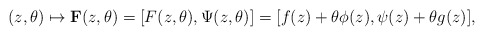
\begin{align*}(z,\theta) \mapsto {\bf F}(z,\theta) = [F(z,\theta),\Psi(z,\theta)] =[f(z) + \theta \phi(z), \psi(z) + \theta g(z)], \end{align*}